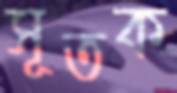
সূতক